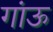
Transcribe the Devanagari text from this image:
गांऊ